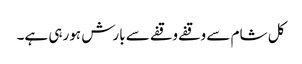
کل شام سے وقفے وقفے سے بارش ہورہی ہے۔